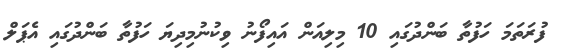
ފުރަތަމަ ހަފުތާ ބަންދުގައި 10 މިލިއަން އައިފޯނު ވިކުނުމިދިޔަ ހަފުތާ ބަންދުގައި އެޕަލް